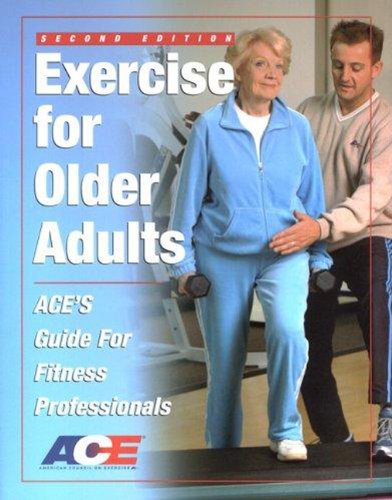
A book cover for Exercise for Older Adults: Ace's Guide for Fitness Professionals; American Council on Exercise; Health, Fitness & Dieting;